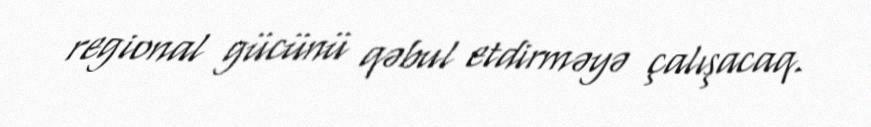
regional gücünü qəbul etdirməyə çalışacaq.